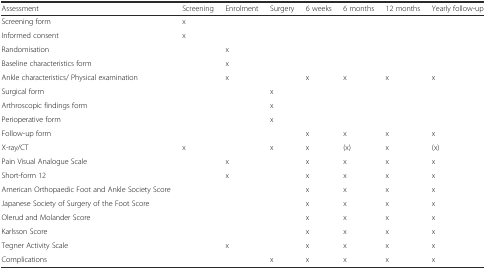
<table><thead><tr><td><b>Assessment</b></td><td><b>Screening</b></td><td><b>Enrolment</b></td><td><b>Surgery</b></td><td><b>6 weeks</b></td><td><b>6 months</b></td><td><b>12 months</b></td><td><b>Yearly follow-up</b></td></tr></thead><tbody><tr><td>Screening form</td><td>x</td><td></td><td></td><td></td><td></td><td></td><td></td></tr><tr><td>Informed consent</td><td>x</td><td></td><td></td><td></td><td></td><td></td><td></td></tr><tr><td>Randomisation</td><td></td><td>x</td><td></td><td></td><td></td><td></td><td></td></tr><tr><td>Baseline characteristics form</td><td></td><td>x</td><td></td><td></td><td></td><td></td><td></td></tr><tr><td>Ankle characteristics/ Physical examination</td><td></td><td>x</td><td></td><td>x</td><td>x</td><td>x</td><td>x</td></tr><tr><td>Surgical form</td><td></td><td></td><td>x</td><td></td><td></td><td></td><td></td></tr><tr><td>Arthroscopic findings form</td><td></td><td></td><td>x</td><td></td><td></td><td></td><td></td></tr><tr><td>Perioperative form</td><td></td><td></td><td>x</td><td></td><td></td><td></td><td></td></tr><tr><td>Follow-up form</td><td></td><td></td><td></td><td>x</td><td>x</td><td>x</td><td>x</td></tr><tr><td>X-ray/CT</td><td>x</td><td></td><td>x</td><td>x</td><td>(x)</td><td>x</td><td>(x)</td></tr><tr><td>Pain Visual Analogue Scale</td><td></td><td>x</td><td></td><td>x</td><td>x</td><td>x</td><td>x</td></tr><tr><td>Short-form 12</td><td></td><td>x</td><td></td><td>x</td><td>x</td><td>x</td><td>x</td></tr><tr><td>American Orthopaedic Foot and Ankle Society Score</td><td></td><td></td><td></td><td>x</td><td>x</td><td>x</td><td>x</td></tr><tr><td>Japanese Society of Surgery of the Foot Score</td><td></td><td></td><td></td><td>x</td><td>x</td><td>x</td><td>x</td></tr><tr><td>Olerud and Molander Score</td><td></td><td></td><td></td><td>x</td><td>x</td><td>x</td><td>x</td></tr><tr><td>Karlsson Score</td><td></td><td></td><td></td><td>x</td><td>x</td><td>x</td><td>x</td></tr><tr><td>Tegner Activity Scale</td><td></td><td>x</td><td></td><td>x</td><td>x</td><td>x</td><td>x</td></tr><tr><td>Complications</td><td></td><td></td><td>x</td><td>x</td><td>x</td><td>x</td><td>x</td></tr></tbody></table>